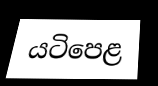
යටිපෙළ